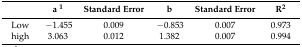
|  | a 1 | Standard Error | b | Standard Error | R2 |
 | --- | --- | --- | --- | --- | --- |
 | Low | −1.455 | 0.009 | −0.853 | 0.007 | 0.973 |
 | high | 3.063 | 0.012 | 1.382 | 0.007 | 0.994 |